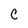
Character: C